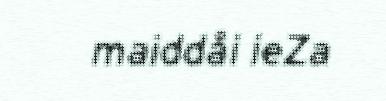
maiddåi ieZa